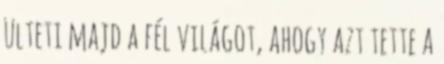
ülteti majd a fél világot, ahogy azt tette a